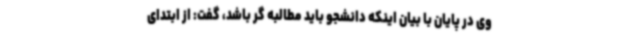
وی در پایان با بیان اینکه دانشجو باید مطالبه گر باشد، گفت: از ابتدای